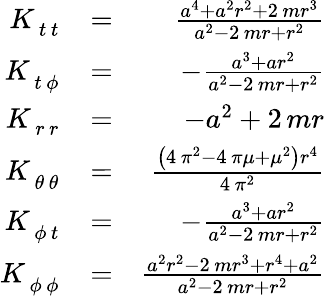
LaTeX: \begin{array}{rlr}{K_{\, t\, t}^{\phantom{\, t}\phantom{\, t}}}&{=}&{\frac{a^{4}+a^{2}r^{2}+2\, mr^{3}}{a^{2}-2\, mr+r^{2}}}\\ {K_{\, t\, {\phi}}^{\phantom{\, t}\phantom{\, {\phi}}}}&{=}&{-\frac{a^{3}+ar^{2}}{a^{2}-2\, mr+r^{2}}}\\ {K_{\, r\, r}^{\phantom{\, r}\phantom{\, r}}}&{=}&{-a^{2}+2\, mr}\\ {K_{\, {\theta}\, {\theta}}^{\phantom{\, {\theta}}\phantom{\, {\theta}}}}&{=}&{\frac{{\left(4\, \pi^{2}-4\, \pi\mu+\mu^{2}\right)}r^{4}}{4\, \pi^{2}}}\\ {K_{\, {\phi}\, t}^{\phantom{\, {\phi}}\phantom{\, t}}}&{=}&{-\frac{a^{3}+ar^{2}}{a^{2}-2\, mr+r^{2}}}\\ {K_{\, {\phi}\, {\phi}}^{\phantom{\, {\phi}}\phantom{\, {\phi}}}}&{=}&{\frac{a^{2}r^{2}-2\, mr^{3}+r^{4}+a^{2}}{a^{2}-2\, mr+r^{2}}}\end{array}